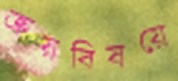
ক্রয়বিষয়ে